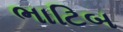
ભાટિબ